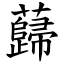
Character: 蘬